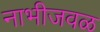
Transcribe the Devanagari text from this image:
नाभीजवळ